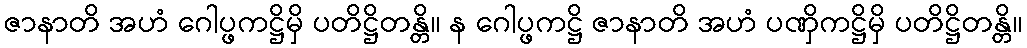
ဇာနာတိ အဟံ ဂေါပ္ဖကဋ္ဌိမှိ ပတိဋ္ဌိတန္တိ။ န ဂေါပ္ဖကဋ္ဌိ ဇာနာတိ အဟံ ပဏှိကဋ္ဌိမှိ ပတိဋ္ဌိတန္တိ။